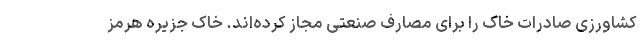
کشاورزی صادرات خاک‌ را برای مصارف صنعتی مجاز کرده‌اند. خاک جزیره هرمز